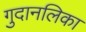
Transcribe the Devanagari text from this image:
गुदानलिका